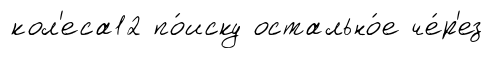
кол'еса12 по́иску остально́е че́р'ез